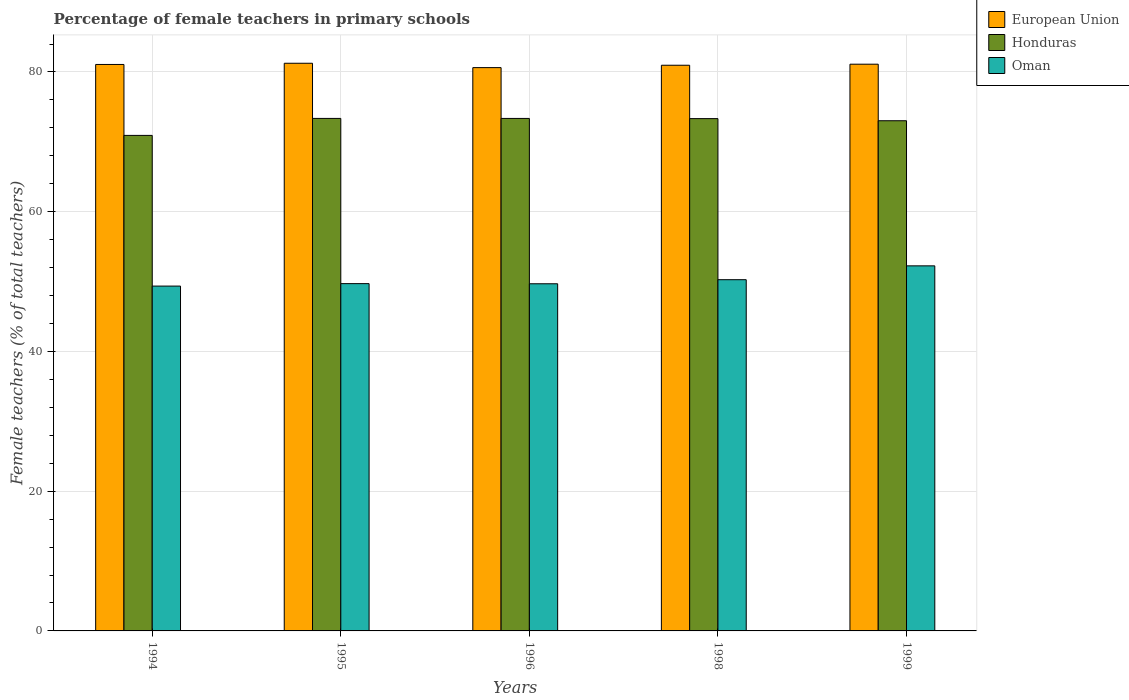
| Years | European Union | Honduras | Oman |
 | --- | --- | --- | --- |
 | 1994 | 81.1 | 70.9 | 49.4 |
 | 1995 | 81.2 | 73.4 | 49.7 |
 | 1996 | 80.6 | 73.4 | 49.7 |
 | 1998 | 81 | 73.3 | 50.3 |
 | 1999 | 81.1 | 73 | 52.3 |